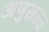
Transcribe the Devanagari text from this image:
अणुसज्ज